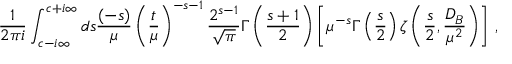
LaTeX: \frac 1 { 2 \pi i } \int _ { c - i \infty } ^ { c + i \infty } d s \frac { ( - s ) } { \mu } \left( \frac { t } { \mu } \right) ^ { - s - 1 } \frac { 2 ^ { s - 1 } } { \sqrt { \pi } } \Gamma \left( \frac { s + 1 } 2 \right) \left[ \mu ^ { - s } \Gamma \left( \frac s 2 \right) \zeta \left( \frac s 2 , \frac { D _ { B } } { \mu ^ { 2 } } \right) \right] \, ,